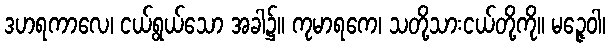
ဒဟရကာလေ၊ ငယ်ရွယ်သော အခါ၌။ ကုမာရကေ၊ သတို့သားငယ်တို့ကို။ မဉ္ဇေဝါ၊